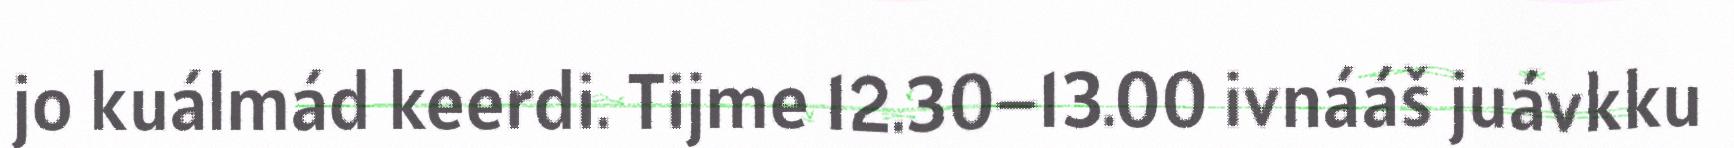
jo kuálmád keerdi. Tijme 12.30–13.00 ivnááš juávkku